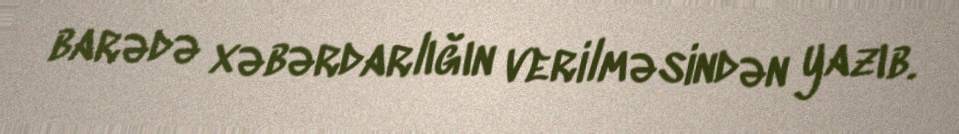
barədə xəbərdarlığın verilməsindən yazıb.